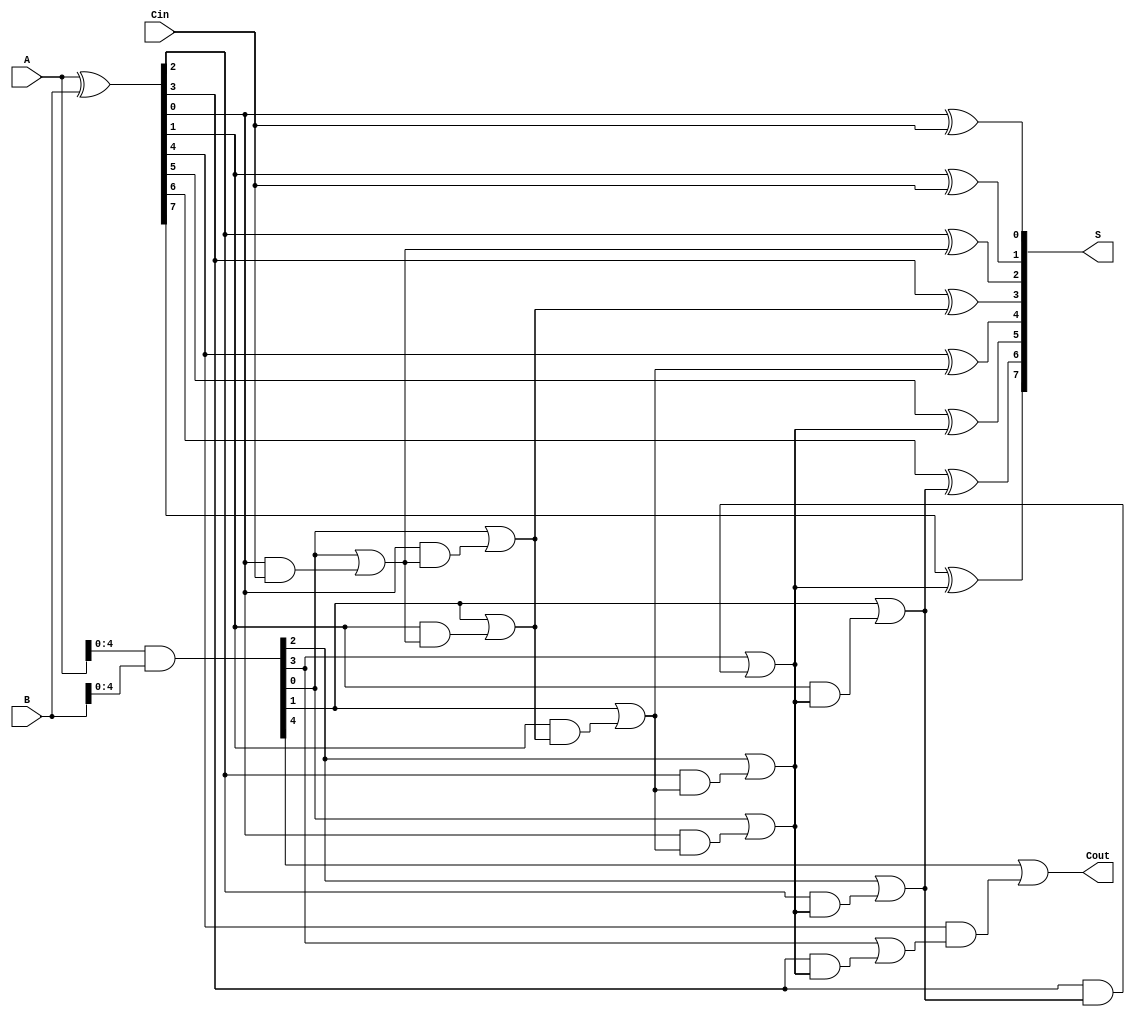
module BrentKungAdder #(parameter N = 8) (
    input  wire [N-1:0] A,    // N-bit operand A
    input  wire [N-1:0] B,    // N-bit operand B
    input  wire Cin,           // Carry-in
    output wire [N-1:0] S,     // N-bit sum
    output wire Cout           // Carry-out
);

    // Generate and Propagate signals
    wire [N-1:0] G;  // Generate
    wire [N-1:0] P;  // Propagate
    wire [N:0] C;    // Carry bits

    // Generate and Propagate computation
    assign G = A & B;
    assign P = A ^ B;

    // Carry bits initialization
    assign C[0] = Cin;

    // Level 1
    genvar i;
    generate
        for (i = 0; i < N/2; i = i + 1) begin: level1
            assign C[2*i+1] = G[i] | (P[i] & C[2*i]);
            assign C[2*i+2] = G[i+1] | (P[i+1] & C[2*i+1]);
        end
    endgenerate

    // Level 2 (Higher level combination)
    generate
        for (i = 0; i < N/4; i = i + 1) begin: level2
            assign C[4*i+2] = G[2*i] | (P[2*i] & C[2*i+1]);
            assign C[4*i+3] = G[2*i+1] | (P[2*i+1] & C[4*i+2]);
        end
    endgenerate

    // Level 3 (Final carry outputs)
    generate
        for (i = 0; i < N/8; i = i + 1) begin: level3
            assign C[8*i+4] = G[4*i] | (P[4*i] & C[4*i+3]);
            assign C[8*i+5] = G[4*i+1] | (P[4*i+1] & C[8*i+4]);
        end
    endgenerate

    // Calculate final carry-out
    assign Cout = C[N];

    // Calculate Sum bits
    generate
        for (i = 0; i < N; i = i + 1) begin: sum_bits
            if (i == 0) begin
                assign S[i] = P[i] ^ Cin; // S[0] takes Cin
            end else begin
                assign S[i] = P[i] ^ C[i-1]; // S[i] takes the previous carry
            end
        end
    endgenerate

endmodule